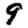
Digit: 9